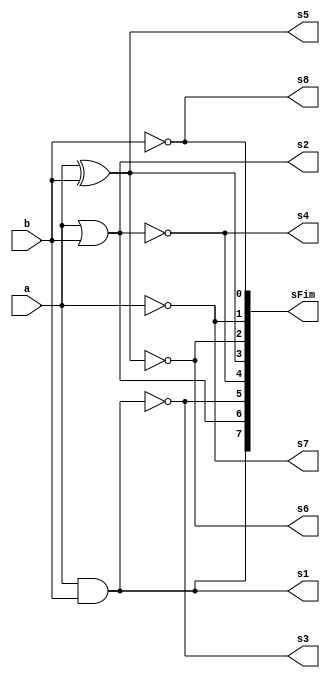
// -------------------------
// Exemplo0035 - Exemplo0033.v
// Nome: Felipe Ferreira Andrade do Carmo
// ------------------------- 
 
// ------------------------- 
//  f4_gate 
// ------------------------- 
module f4 (output s1, output  s2,output  s3,output  s4,output  s5,
          output  s6,output  s7,output  s8,output [7:0] sFim,
                    input  a,
                    input  b);
 

// Parte And/Or
assign s1 = a&b;
assign s2 = a|b;

// Parte Nand/Nor
assign s3 = ~(a&b);
assign s4 = ~(a|b);

// Parte Xor/Xnor
assign s5 = a^b; //xor
assign s6 = ~(a^b); //xnor

// Parte ~a e ~b
assign s7 = ~a;
assign s8 = ~b;

//Selecao da resposta
assign sFim[0] = s8;
assign sFim[1] = s7;
assign sFim[2] = s6;
assign sFim[3] = s5;
assign sFim[4] = s4;
assign sFim[5] = s3;
assign sFim[6] = s2;
assign sFim[7] = s1;




endmodule // f4 
 
module test_f4; 
// ------------------------- definir dados 
       reg  x;
       reg  y;
       wire z1;
       wire z2;
       wire z3;
       wire z4;
       wire z5;
       wire z6;
       wire z7;
       wire z8;
       wire [7:0] zFim;
 
       f4 modulo ( z1, z2, z3 , z4 , z5, z6, z7 , z8, zFim, x, y);

// ------------------------- parte principal 

   initial begin 
      $display("Exemplo0035 - Felipe Ferreira Andrade do Carmo - 427402");
      $display("Test LU's module"); 
 
      x = 1'b0;       y = 1'b1;
 
   // projetar testes do modulo
	$display("\n  a \tb  \tresposta");
   #1 $display("%3b    %3b        %10b",x,y,zFim);
       x = 1'b1;       y = 1'b0;
   #1 $display("%3b    %3b        %10b",x,y,zFim);
       x = 1'b1;       y = 1'b1;
   #1 $display("%3b    %3b        %10b",x,y,zFim);
       x = 1'b0;       y = 1'b0;
   #1 $display("%3b    %3b        %10b",x,y,zFim);
 
   end 
 
endmodule // test_f4